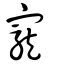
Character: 寵